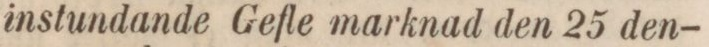
instundande Gefle marknad den 25 den-